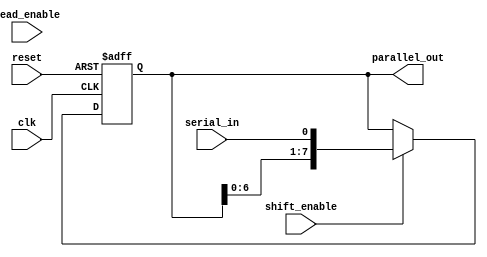
module SIPO_shift_register (
    input wire clk,
    input wire reset,
    input wire shift_enable,
    input wire read_enable,
    input wire serial_in,
    output reg [7:0] parallel_out
);

reg [7:0] register;

always @(posedge clk or posedge reset) begin
    if (reset) begin
        register <= 8'b00000000;
    end else if (shift_enable) begin
        register <= {register[6:0], serial_in};
    end
end

assign parallel_out = register;

endmodule